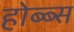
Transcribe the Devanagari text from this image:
होब्ब्स